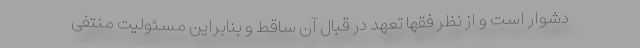
دشوار است و از نظر فقها تعهد در قبال آن ساقط و بنابراین مسئولیت منتفی